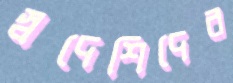
স্বদেশিদের